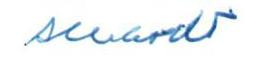
Schildt